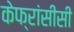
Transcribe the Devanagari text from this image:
केफ्रांसीसी